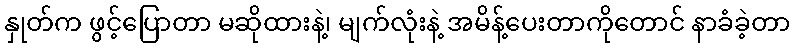
နှုတ်က ဖွင့်ပြောတာ မဆိုထားနဲ့၊ မျက်လုံးနဲ့ အမိန့်ပေးတာကိုတောင် နာခံခဲ့တာ